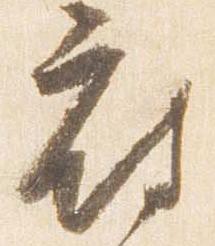
府